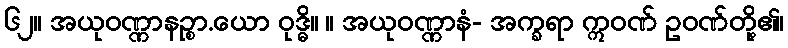
၆၂။ အယုဝဏ္ဏာနဉ္စာ.ယော ဝုဒ္ဓိ။ ။ အယုဝဏ္ဏာနံ- အက္ခရာ ဣဝဏ် ဥဝဏ်တို့၏၊